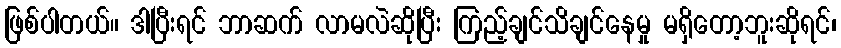
ဖြစ်ပါတယ်။ ဒါပြီးရင် ဘာဆက် လာမလဲဆိုပြီး ကြည့်ချင်သိချင်နေမှု မရှိတော့ဘူးဆိုရင်၊